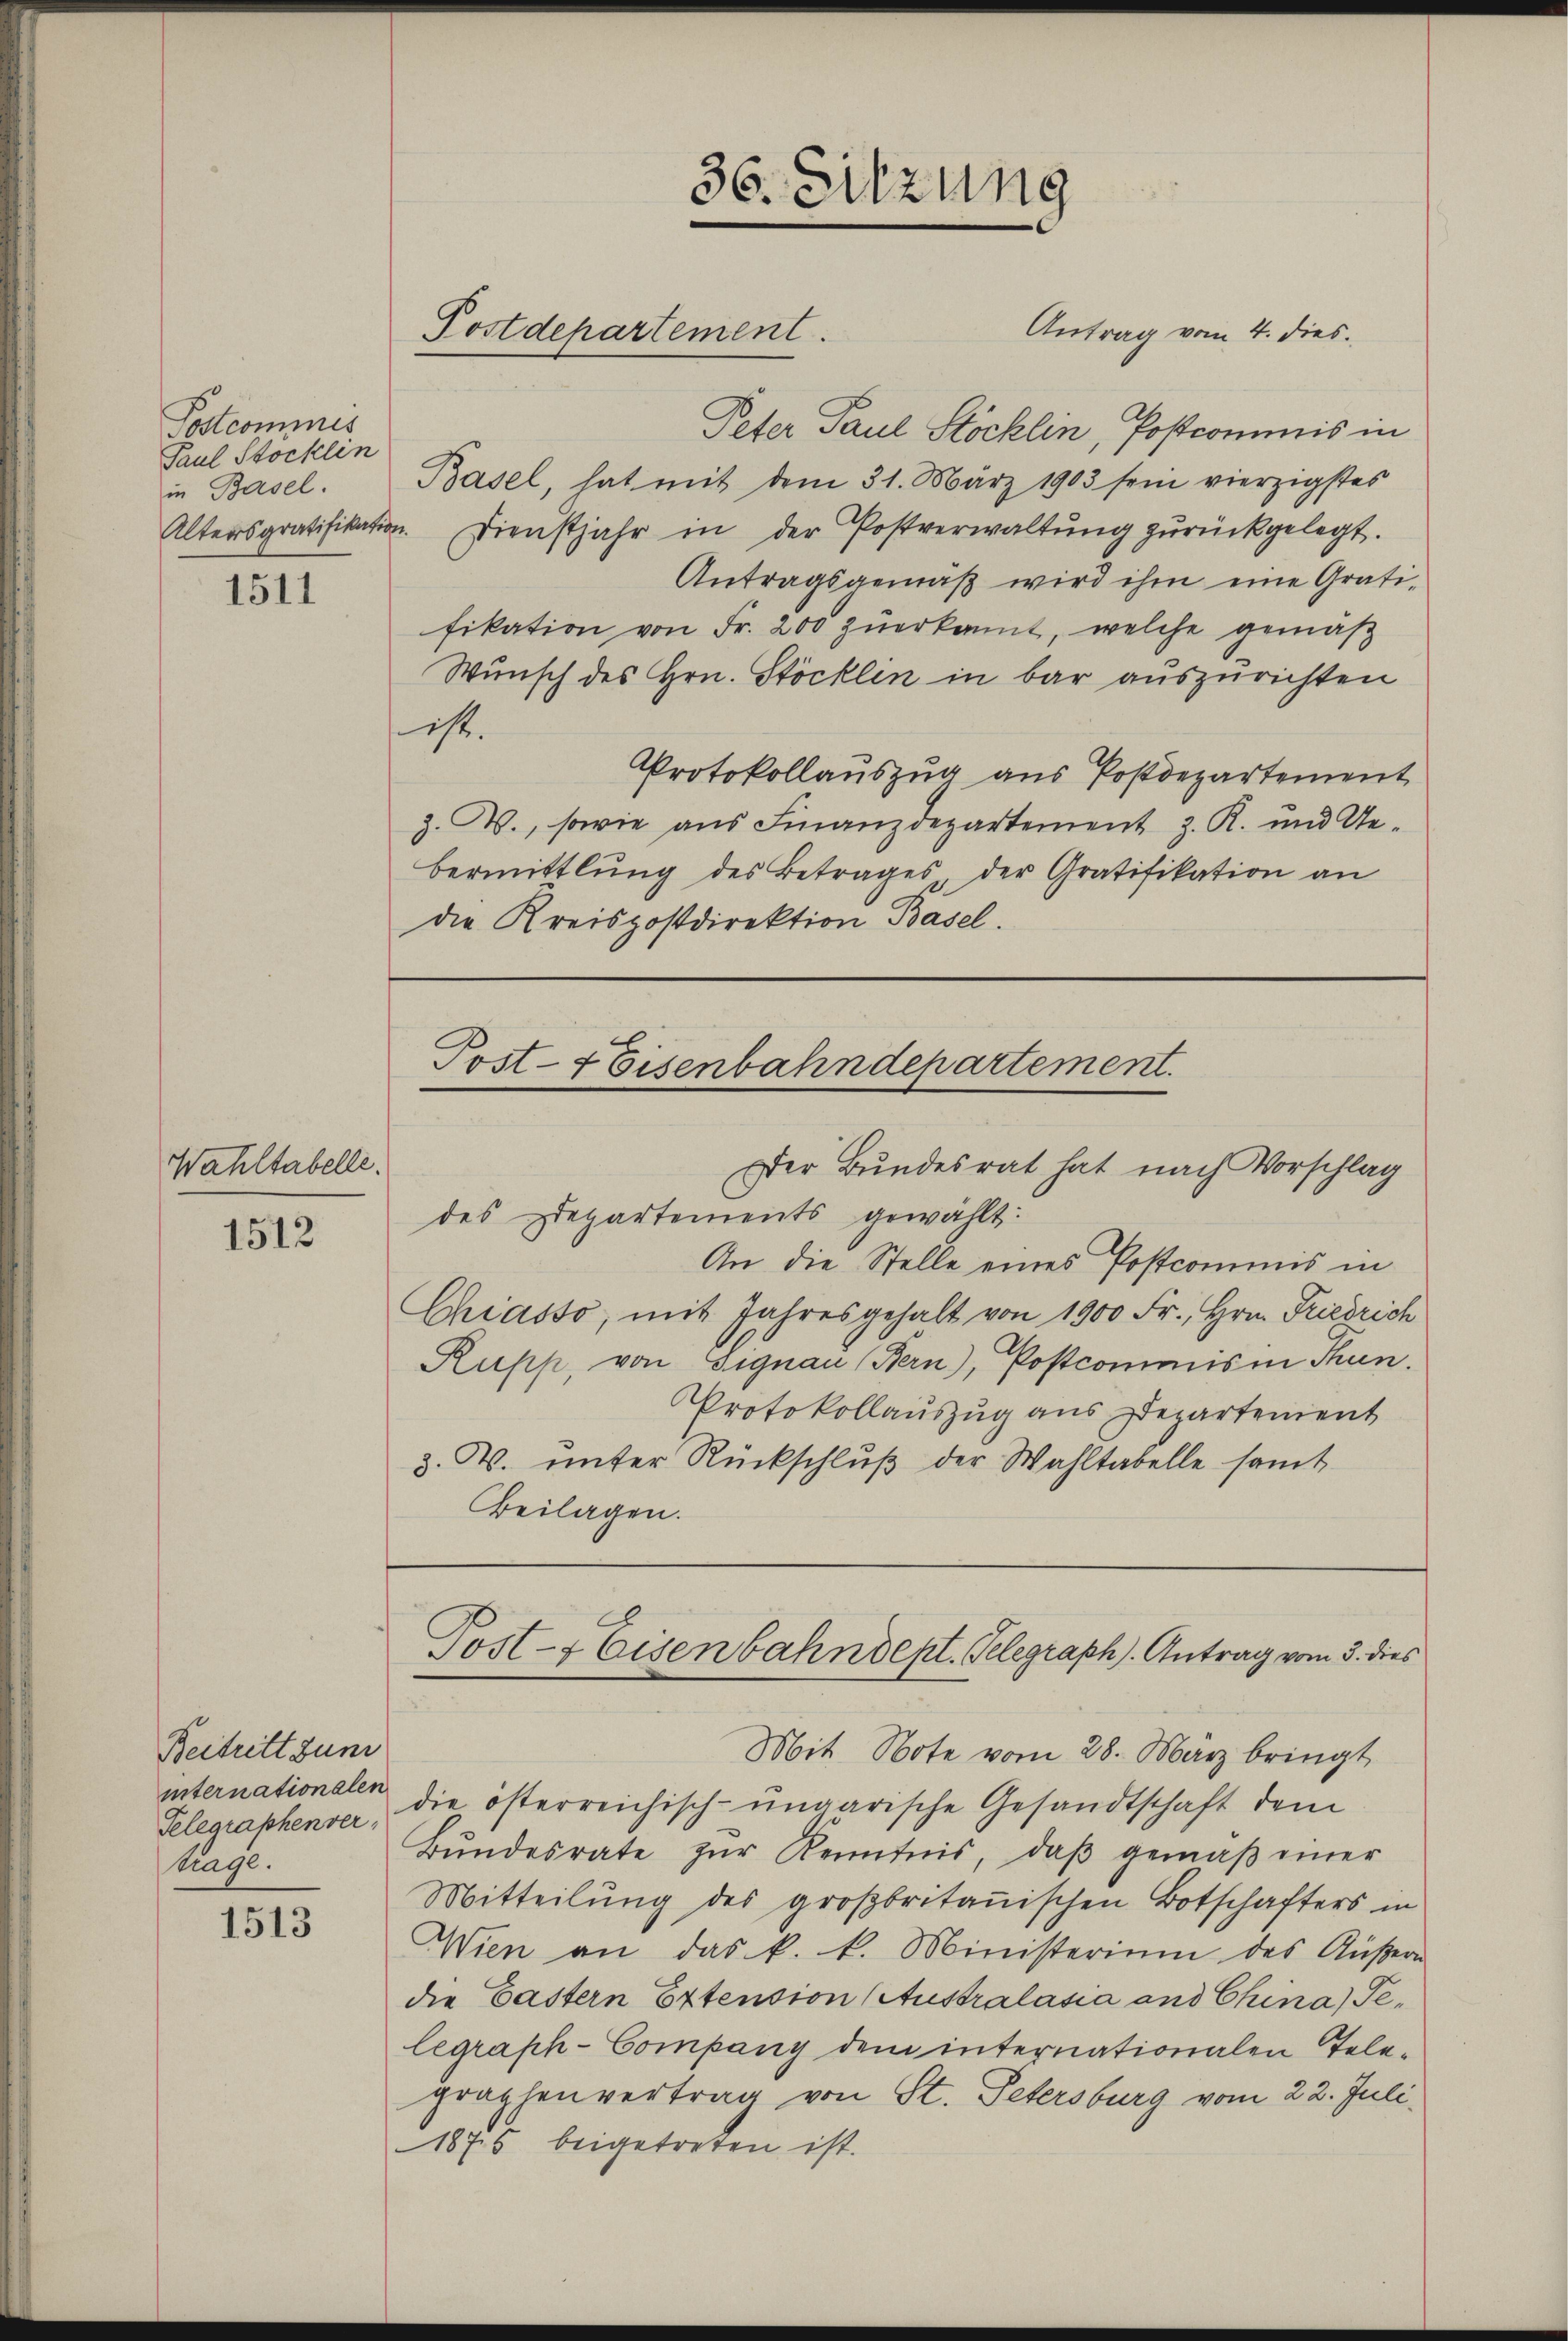
Postcommis
Paul Stocklen
in Basel.

1511

Wahltabelle.

1512

Beitritt zum
Telegraphenvertrage.

1513

Postdepartement.

36. Sitzung

Antrag vom 4. dies.

Peter Paul Stöcklin, Postcommis in
Basel, hat mit dem 31. März 1903 sein vierzigstes
Altersgratifikation. Dienstjahr in der Postverwaltŭng zŭrückgelegt.
Antragsgemäß wird ihm eine Gratifikation von Fr. 200 zuerkannt, welche gemäß
Wunsch des Hrn. Stöcklen in bar auszurichten
ist.
Protokollauszug aus Postdepartement
Z. W., sowie aus Finanzdepartement z. R. und Gebermittlung des Betrages der Gratifikation an
die Kreispostdirektion Basel.

Post- & Eisenbahndepartement.
Der Bundesrat hat nach Vorschlag

des Departements gewählt:
An die Stelle eines Postcommis in
Chiasso, mit Jahresgehalt von 1900 Fr., Hrn. Friedrich
Rupp, von Signau Bern), Postcommis in Thun.
Protokollauszug aus Departement
3. B. unter Rückschluß der Wahltabelle samt
Beilagen.

Mit Note vom 28. März bringt
internationalen die österreichisch-ungarische Gesandtschaft dem
Bŭndesrate zŭr Kenntnis, daβ gemäβ einer
Mitteilung des großbritanischen Botschafters in
Wien an das k. k. Ministerium des Aŭβern
die Castern Extension (Australasia und China Telegraph-Company dem internationalen Tele-
graphenvertrag von St. Petersburg vom 22. Juli.
1875 beigetreten ist.

Post-f Eisenbahndept. Telegraph). Antrag vom 3. dies